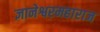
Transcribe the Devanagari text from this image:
ज्ञानेश्वरमहाराज